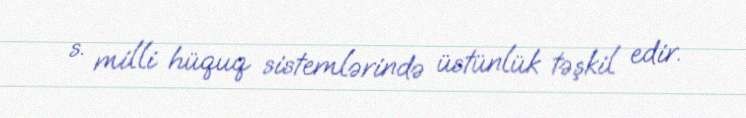
s. milli hüquq sistemlərində üstünlük təşkil edir.